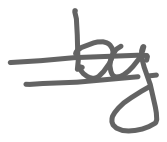
Text: by
Cross-out: double-line
Writing tool: digital_gray